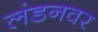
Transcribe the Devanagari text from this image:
लंडनवर